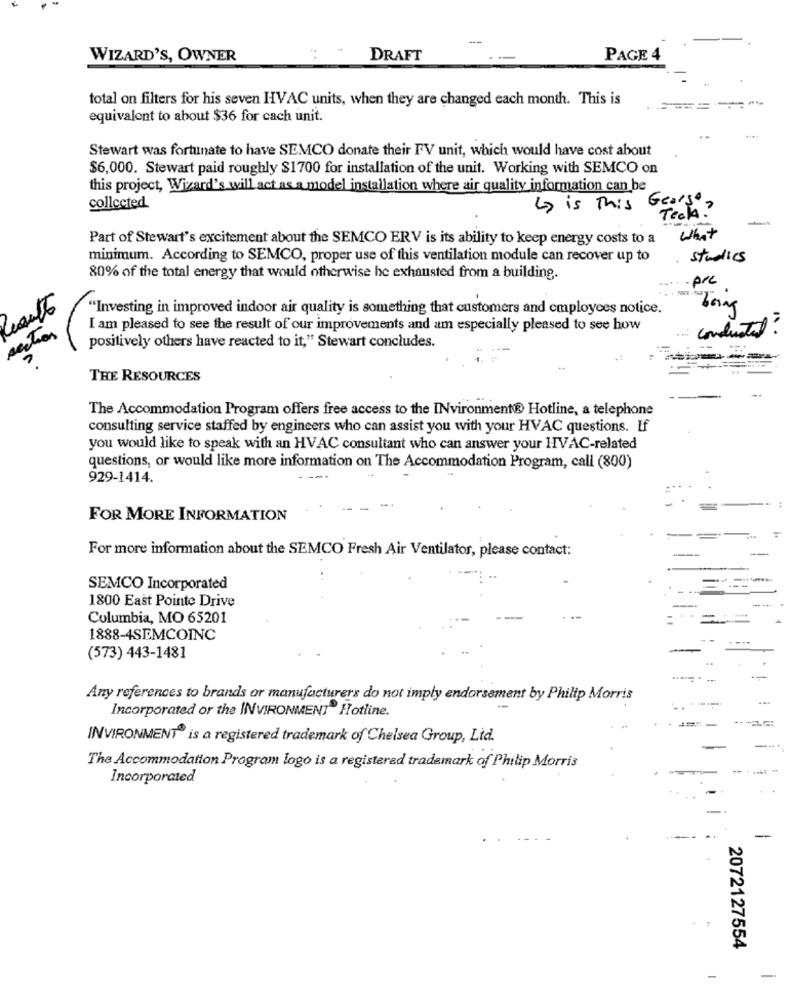
-
WIZARD'S, OWNER
DRAFT
PAGE 4
total on filters for his seven HVAC units, when they are changed each month. This is
equivalent to about $36 for cach unit.
Stewart was fortunate to have SEMCO donate their FV unit, which would have cost about
$6,000. Stewart paid roughly $1700 for installation of the unit. Working with SEMCO on
this project, Wizard's will act as a model installation where air quality information can be
is This George.
collected
Teck?
Part of Stewart's excitement about the SEMCO ERV is its ability to keep energy costs to a
What
minimum. According to SEMCO, proper use of this ventilation module can recover up to
studies
80% of the total energy that would otherwise be exhausted from a building.
- prc
"Investing in improved indoor air quality is something that customers and employees notice.
being
section
I am pleased to see the result of our improvements and am especially pleased to see how
conducted:
positively others have reacted to it," Stewart concludes.
THE RESOURCES
The Accommodation Program offers free access to the INvironment® Hotline, a telephone
consulting service staffed by engineers who can assist you with your HVAC questions. If
you would like to speak with an HVAC consultant who can answer your HVAC-related
questions, or would like more information on The Accommodation Program, call (800)
929-1414.
FOR MORE INFORMATION
For more information about the SEMCO Fresh Air Ventilator, please contact:
SEMCO Incorporated
----
1800 East Pointe Drive
-- ---
Columbia, MO 65201
1888-4SEMCOINC
(573) 443-1481
..
---
Any references to brands or manufacturers do not imply endorsement by Philip Morris
Incorporated or the INVIRONMENT" Hotline.
INVIRONMENT® is a registered trademark of Chelsea Group, Lid.
The Accommodation Program logo is a registered trademark of Philip Morris
Incorporated
-
2072127554
-